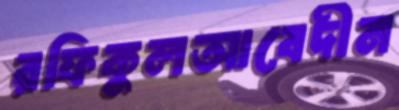
রফিকুলআবেদীন